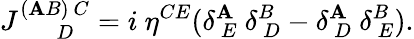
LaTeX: J_{~~~~~~~~D}^{(\mathbf{A}B)~C}=i~\eta^{CE}(\delta_{~E}^{\mathbf{A}}~\delta_{~D}^{B}-\delta_{~D}^{\mathbf{A}}~\delta_{~E}^{B}).